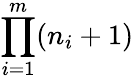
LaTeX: \prod_{i=1}^{m}(n_{i}+1)